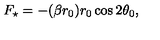
F _ { \star } = - ( \beta r _ { 0 } ) r _ { 0 } \cos 2 \theta _ { 0 } ,